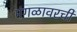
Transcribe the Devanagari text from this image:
मंगळावरची